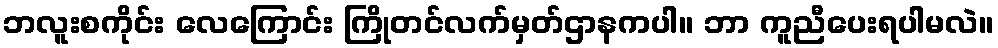
ဘလူးစကိုင်း လေကြောင်း ကြိုတင်လက်မှတ်ဌာနကပါ။ ဘာ ကူညီပေးရပါမလဲ။